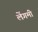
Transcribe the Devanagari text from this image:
लेंगमी